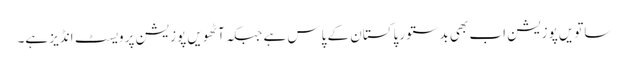
ساتویں پوزیشن اب بھی بدستور پاکستان کے پاس ہے جبکہ آٹھویں پوزیشن پر ویسٹ انڈیز ہے۔